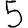
Digit: 5